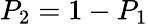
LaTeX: P_{2}=1-P_{1}